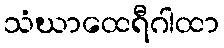
သံဃာထေရီဂါထာ